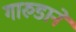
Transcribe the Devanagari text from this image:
गारुडाने